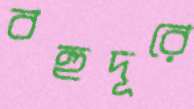
বহুদূরে